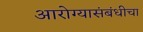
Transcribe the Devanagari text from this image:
आरोग्यासंबंधीचा